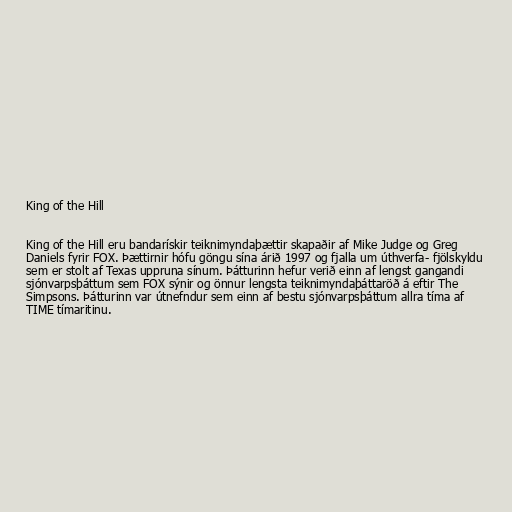
King of the Hill

King of the Hill eru bandarískir teiknimyndaþættir skapaðir af Mike Judge og Greg
Daniels fyrir FOX. Þættirnir hófu göngu sína árið 1997 og fjalla um úthverfa- fjölskyldu
sem er stolt af Texas uppruna sínum. Þátturinn hefur verið einn af lengst gangandi
sjónvarpsþáttum sem FOX sýnir og önnur lengsta teiknimyndaþáttaröð á eftir The
Simpsons. Þátturinn var útnefndur sem einn af bestu sjónvarpsþáttum allra tíma af
TIME tímaritinu.